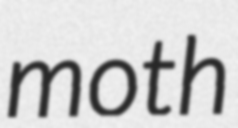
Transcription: moth